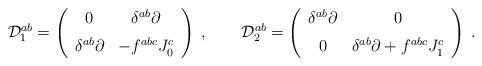
LaTeX: \begin{align*}{\cal D}_{1}^{ab} = \left(\begin{array}{cc}0 & \delta^{ab} \partial\\\noalign{\vspace{6pt}}\delta^{ab} \partial & -f^{abc}J_{0}^{c}\end{array}\right)\;,\qquad {\cal D}_{2}^{ab} = \left(\begin{array}{cc}\delta^{ab} \partial & 0\\\noalign{\vspace{6pt}}0 & \delta^{ab} \partial + f^{abc} J_{1}^{c}\end{array}\right)\;.\end{align*}